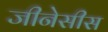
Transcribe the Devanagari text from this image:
जीनेसीस